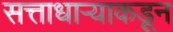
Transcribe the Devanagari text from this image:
सत्ताधाऱ्याकडून